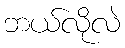
ဘယ်လိုလဲ